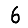
Digit: 6